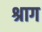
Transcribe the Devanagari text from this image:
श्राग